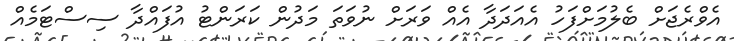
އެވްރެޖަށް ބެލުމަށްފަހު އެއަދަދާ އެއް ވަރަށް ނުވަތަ މަދުން ކަރަންޓު އުފައްދާ ސިސްޓަމެއް